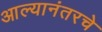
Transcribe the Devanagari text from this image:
आल्यानंतरचे